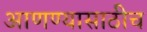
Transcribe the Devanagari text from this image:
आणण्यासाठीच